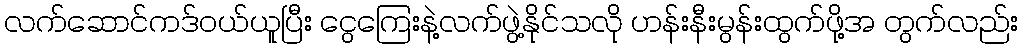
လက်ဆောင်ကဒ်ဝယ်ယူပြီး ငွေကြေးနဲ့လက်ဖွဲ့နိုင်သလို ဟန်းနီးမွန်းထွက်ဖို့အ တွက်လည်း